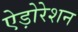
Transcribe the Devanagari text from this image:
ऐड़ोरेशन